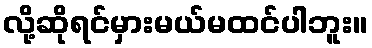
လို့ဆိုရင်မှားမယ်မထင်ပါဘူး။